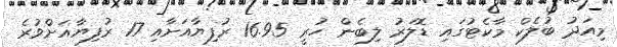
މިއަދު ބުލެކް މާކެޓުގައި ޑޮލަރު ލިބެން ހުރީ 16.95 ރުފިޔާއަށާއި 17 ރުފިޔާއަށްވުރެ